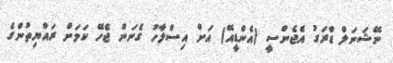
ނޭޝަނަލް ޑްރަގު އެޖެންސީ (އެންޑީއޭ) އަށް އިސްލާހު ގެނަން ޖެހޭ ކަމަށް ރައްޔިތުންގެ